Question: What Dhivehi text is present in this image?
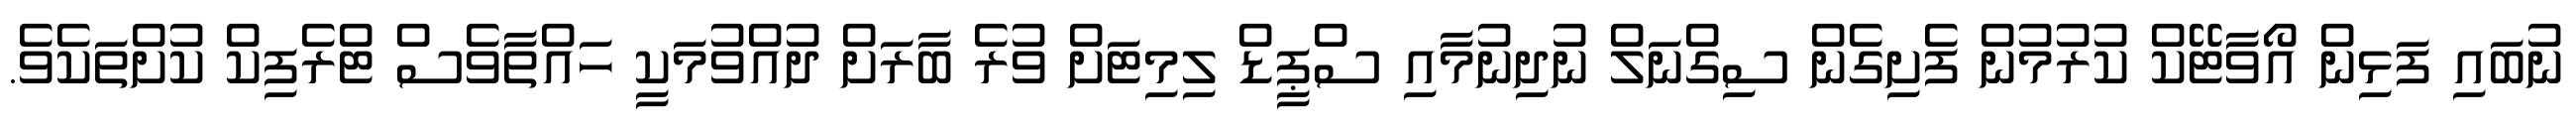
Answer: ނުބައި ފަޅިން އޯވާޓޭކް ކުރުމުން ފެށިގެން ސިގްނަލް ނުދިނުމާއި ސްޕީޑް ލިމިޓަށް ވުރެ ބާރަށް ދުއްވުމަކީ ހައްތާވެސް ޓްރެފިކް ކުށްތަކެވެ.